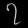
Digit: ၇